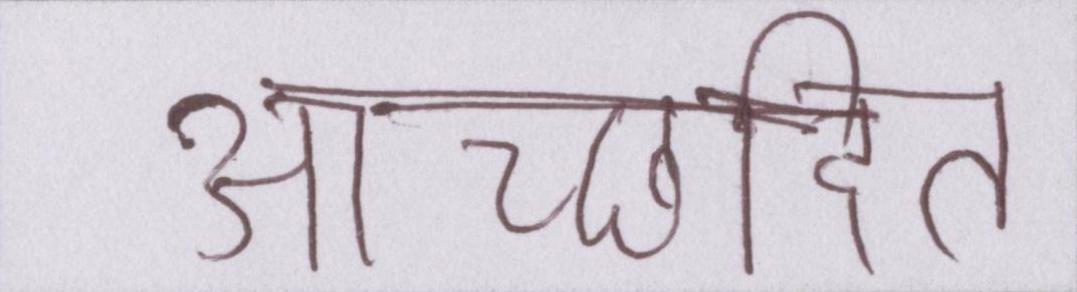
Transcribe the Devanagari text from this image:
आच्छादित